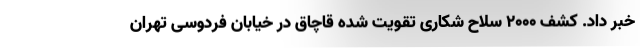
خبر داد. کشف ۲۰۰۰ سلاح شکاری تقویت شده قاچاق در خیابان فردوسی تهران